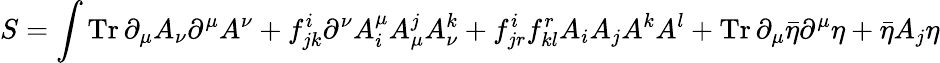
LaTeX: S=\int\operatorname{Tr}\partial_{\mu}A_{\nu}\partial^{\mu}A^{\nu}+f_{jk}^{i}\partial^{\nu}A_{i}^{\mu}A_{\mu}^{j}A_{\nu}^{k}+f_{jr}^{i}f_{kl}^{r}A_{i}A_{j}A^{k}A^{l}+\operatorname{Tr}\partial_{\mu}{\bar{\eta}}\partial^{\mu}\eta+{\bar{\eta}}A_{j}\eta